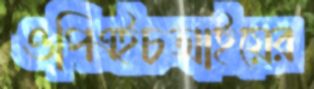
ওপিএইচআইয়ের